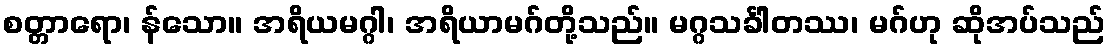
စတ္တာရော၊ န်သော။ အရိယမဂ္ဂါ၊ အရိယာမဂ်တို့သည်။ မဂ္ဂသင်္ခါတဿ၊ မဂ်ဟု ဆိုအပ်သည်